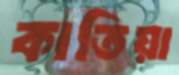
কাতিয়া